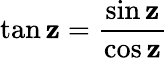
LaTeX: \tan\mathbf{z}=\frac{{\sin\mathbf{z}}}{{\cos\mathbf{z}}}